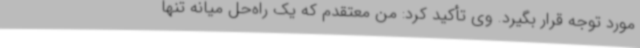
مورد توجه قرار بگیرد. وی تأکید کرد: من معتقدم که یک راه‌حل میانه تنها